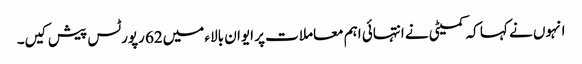
انہوں نے کہا کہ کمیٹی نے انتہائی اہم معاملات پر ایوان بالاء میں62 رپورٹس پیش کیں۔